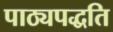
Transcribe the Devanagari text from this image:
पाठ्यपद्धति